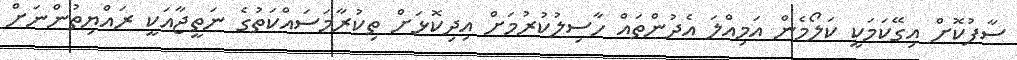
ސާފުކޮށް އިގޭކަމަކީ ކަލޯމެން އަމިއްލަ އެދުންތައް ހާސިލުކުރުމަށް އިދިކޮޅަށް ތިކުރާމަސައްކަތުގެ ނަތީޖާއަކީ ރައްޔިތުންނަށް